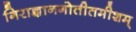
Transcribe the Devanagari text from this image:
गिराज्ञानगोतीतमीशम्